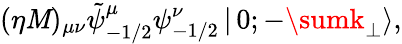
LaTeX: (\eta\mathit{M})_{\mu\nu}\tilde{{\psi}}_{-1/2}^{\mu}\psi_{-1/2}^{\nu}\left|\, 0;-\sumk_{\perp}\right>,